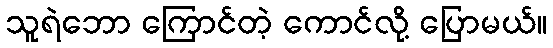
သူရဲဘော ကြောင်တဲ့ ကောင်လို့ ပြောမယ်။